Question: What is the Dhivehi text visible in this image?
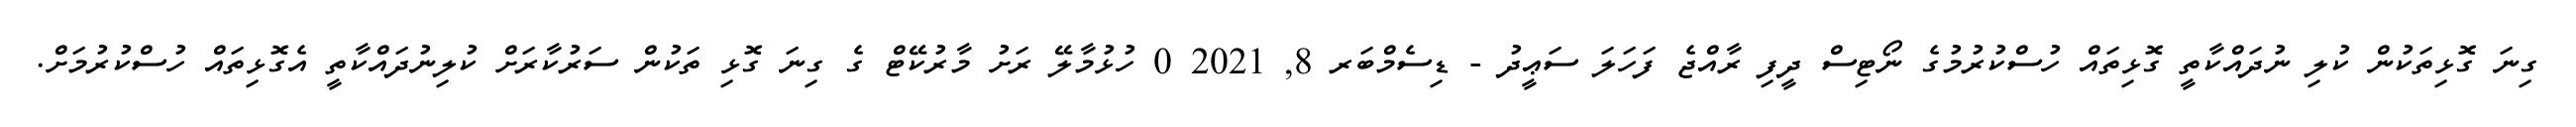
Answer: ގިނަ ގޮޅިތަކުން ކުލި ނުދައްކާތީ ގޮޅިތައް ހުސްކުރުމުގެ ނޯޓިސް ދީފި ރާއްޖެ ފަހަލަ ސަޢީދު - ޑިސެމްބަރ 8, 2021 0 ހުޅުމާލޭ ރަށު މާރުކޭޓް ގެ ގިނަ ގޮޅި ތަކުން ސަރުކާރަށް ކުލިނުދައްކާތީ އެގޮޅިތައް ހުސްކުރުމަށް.